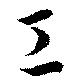
工